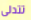
تتدلى